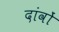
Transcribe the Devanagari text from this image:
दांवों